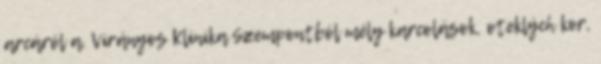
arcáról a. Virányos Klinika Szempontból mély karcolások, oteklých kor,